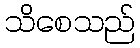
သိစေသည်